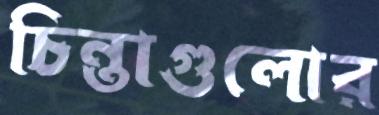
চিন্তাগুলোর